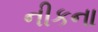
નીકના